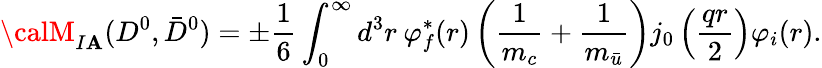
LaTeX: {\calM}_{I\mathbf{A}}(D^{0},\bar{{D}}^{0})=\pm\frac{{1}}{{6}}\int_{0}^{\infty}d^{3}r\: \varphi_{f}^{*}(r)\left(\frac{{1}}{{m_{c}}}+\frac{{1}}{{m_{\bar{{u}}}}}\right)j_{0}\left(\frac{{qr}}{{2}}\right)\varphi_{i}(r).